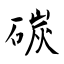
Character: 碳